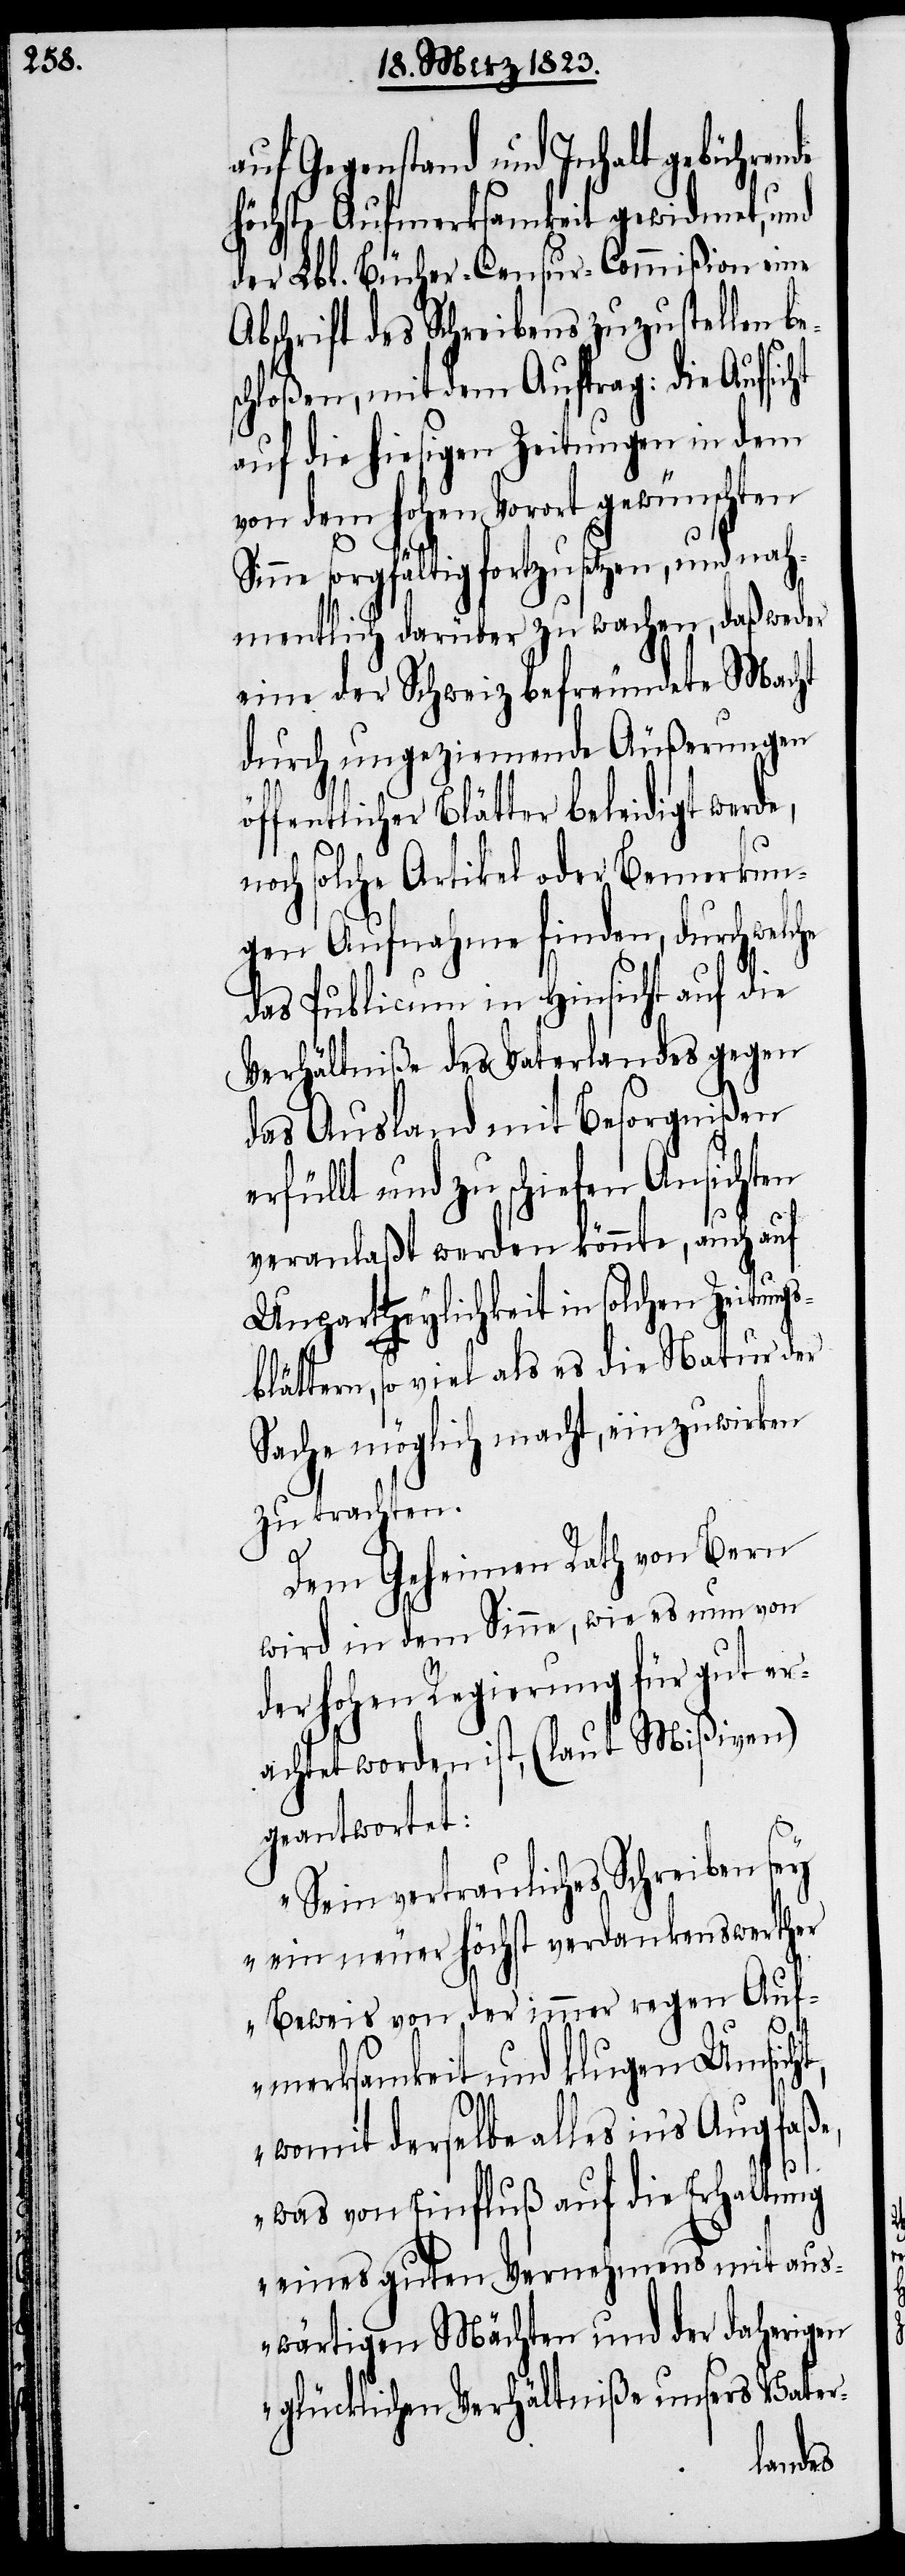
auf Gegenstand und Inhalt gebührende
höchste Aufmerksamkeit gewidmet, und
der Lbl. Bücher-Censur-Commißion eine
Abschrift des Schreibens zuzustellen be¬
chloßen, mit dem Auftrag: die Aufsic¬
auf die hiesigen Zeitungen in dem
von dem hohen Vorort gewünschten
sorgfältig fortzusetzen, und nah¬
mentlich darüber zu wachen, daß weder
eine der Schweiz befreundete Macht
durch ungeziemende Äußerungen
öffentlicher Blätter beleidigt werde,
noch solche Artikel oder Bemerkun¬
gen Aufnahme finden, durch welche
das Publicum in Hinsicht auf die
Verhältniße des Vaterlandes gegen
das Ausland mit Besorgnißen
erfüllt und zu schiefen Ansichten
veranlaßt werden könnte, auch auf
Unparteylichkeit in solchen Zeitungs¬
blättern, so viel als es die Natur der
Sache möglich macht, einzuwirken
zu trachten.
ht
Dem Geheimen Rath von Bern
wird in dem Sinne, wie es nun von
der hohen Regierung für gut er¬
achtet worden ist, (laut Mißiven)
geantwortet:
„Sein vertrauliches Schreiben sey
ein neuer höchst verdankenswerther
Beweis von der immer regen Auf¬
merksamkeit und klugen Umsicht,
womit derselbe alles in’s Aug faß¬
e, was von Einfluß auf die Erhaltung
eines guten Vernehmens mit aus¬
wärtigen Mächten und der daherigen
glücklichen Verhältniße unsers Vater-